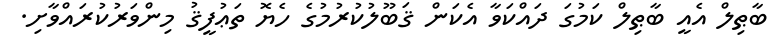
ބާޠިލް އެއީ ބާޠިލް ކަމުގަ ދައްކަވާ އެކަން ޤަބޫލުކުރުމުގެ ހެޔޮ ތަޢުފީޤު މިންވަރުކުރައްވާށި.